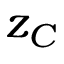
z _ { C }